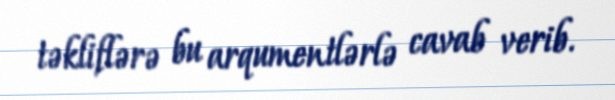
təkliflərə bu arqumentlərlə cavab verib.